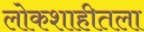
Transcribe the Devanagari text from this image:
लोकशाहीतला